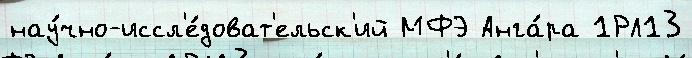
нау́чно-иссл'е́доват'ельск'ий МФЭ Анга́ра 1РЛ13